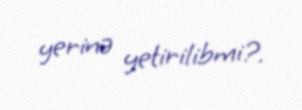
yerinə yetirilibmi?.